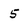
Character: 5